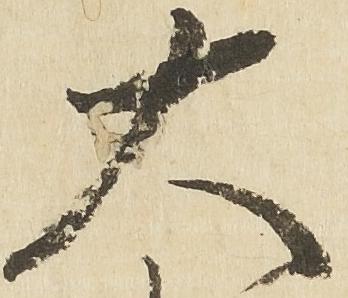
大